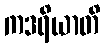
ကဒရိယာတိ